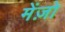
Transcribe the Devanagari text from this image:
मेंज़ो